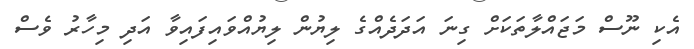
އެކި ނޫސް މަޖައްލާތަކަށް ގިނަ އަދަދެއްގެ ލިޔުން ލިޔުއްވައިފައިވާ އަދި މިހާރު ވެސް